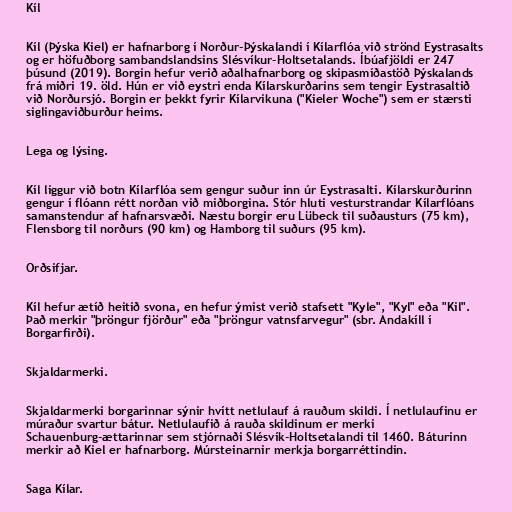
Kíl

Kíl (Þýska Kiel) er hafnarborg í Norður-Þýskalandi í Kílarflóa við strönd Eystrasalts
og er höfuðborg sambandslandsins Slésvíkur-Holtsetalands. Íbúafjöldi er 247
þúsund (2019). Borgin hefur verið aðalhafnarborg og skipasmíðastöð Þýskalands
frá miðri 19. öld. Hún er við eystri enda Kílarskurðarins sem tengir Eystrasaltið
við Norðursjó. Borgin er þekkt fyrir Kílarvikuna ("Kieler Woche") sem er stærsti
siglingaviðburður heims.

Lega og lýsing.

Kíl liggur við botn Kílarflóa sem gengur suður inn úr Eystrasalti. Kílarskurðurinn
gengur í flóann rétt norðan við miðborgina. Stór hluti vesturstrandar Kílarflóans
samanstendur af hafnarsvæði. Næstu borgir eru Lübeck til suðausturs (75 km),
Flensborg til norðurs (90 km) og Hamborg til suðurs (95 km).

Orðsifjar.

Kíl hefur ætíð heitið svona, en hefur ýmist verið stafsett "Kyle", "Kyl" eða "Kil".
Það merkir "þröngur fjörður" eða "þröngur vatnsfarvegur" (sbr. Andakíll í
Borgarfirði).

Skjaldarmerki.

Skjaldarmerki borgarinnar sýnir hvítt netlulauf á rauðum skildi. Í netlulaufinu er
múraður svartur bátur. Netlulaufið á rauða skildinum er merki
Schauenburg-ættarinnar sem stjórnaði Slésvík-Holtsetalandi til 1460. Báturinn
merkir að Kiel er hafnarborg. Múrsteinarnir merkja borgarréttindin.

Saga Kílar.